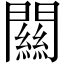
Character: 闗